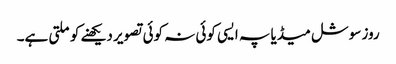
روز سوشل میڈیا پہ ایسی کوئی نہ کوئی تصویر دیکھنے کو ملتی ہے۔